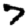
Digit: 7